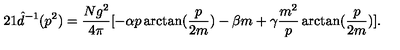
2 1 \hat { d } ^ { - 1 } ( p ^ { 2 } ) = \frac { N g ^ { 2 } } { 4 \pi } [ - \alpha p \arctan ( \frac { p } { 2 m } ) - \beta m + \gamma \frac { m ^ { 2 } } { p } \arctan ( \frac { p } { 2 m } ) ] .